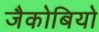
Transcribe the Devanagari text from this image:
जैकोबियो